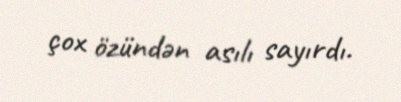
çox özündən asılı sayırdı.